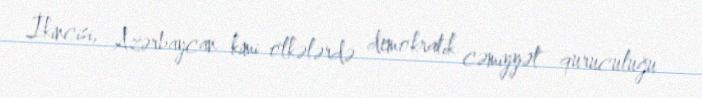
İkincisi, Azərbaycan kimi ölkələrdə demokratik cəmiyyət quruculuğu